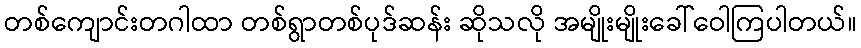
တစ်ကျောင်းတဂါထာ တစ်ရွာတစ်ပုဒ်ဆန်း ဆိုသလို အမျိုးမျိုးခေါ်ဝေါကြပါတယ်။